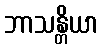
ဘာသန္တိယာ